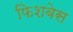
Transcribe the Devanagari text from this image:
फिशबेस